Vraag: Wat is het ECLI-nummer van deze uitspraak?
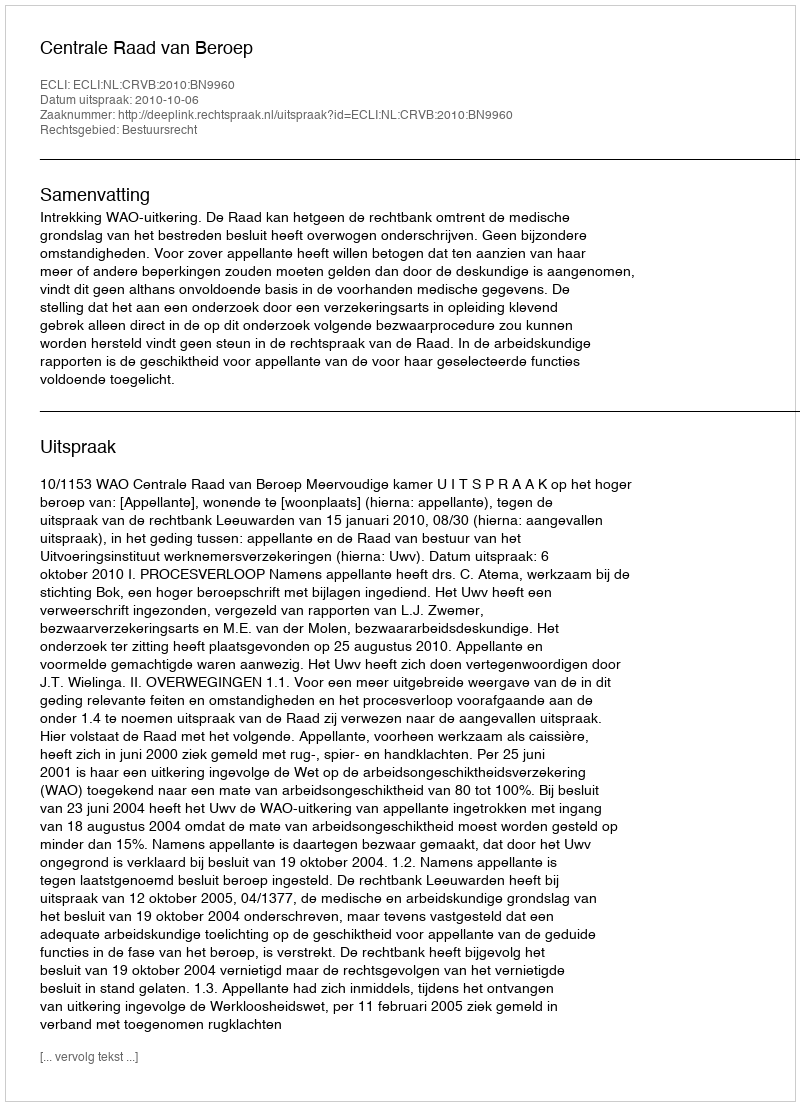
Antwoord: ECLI:NL:CRVB:2010:BN9960